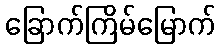
ခြောက်ကြိမ်မြောက်